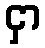
ငှာ